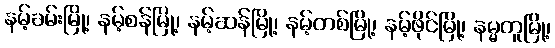
နမ့်ခမ်းမြို့၊ နမ့်စန်မြို့၊ နမ့်ဆန်မြို့၊ နမ့်တစ်မြို့၊ နမ့်ဖိုင်မြို့၊ နမ္မတူမြို့၊